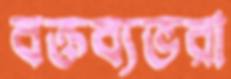
বক্তব্যভরা